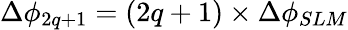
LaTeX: \Delta\phi_{2q+1}=(2q+1)\times\Delta\phi_{SLM}